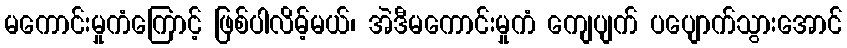
မကောင်းမှုကံကြောင့် ဖြစ်ပါလိမ့်မယ်၊ အဲဒီမကောင်းမှုကံ ကျေပျက် ပပျောက်သွားအောင်